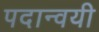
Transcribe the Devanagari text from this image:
पदान्वयी